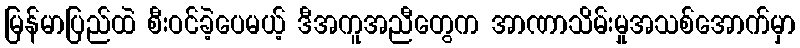
မြန်မာပြည်ထဲ စီးဝင်ခဲ့ပေမယ့် ဒီအကူအညီတွေက အာဏာသိမ်းမှုအသစ်အောက်မှာ